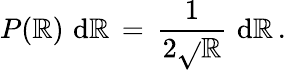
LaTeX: P(\mathbb{R})\, \, \mathrm{{d}}\mathbb{R}\, =\, \frac{{1}}{{2\sqrt{}{{\mathbb{R}}}}}\, \, \mathrm{{d}}\mathbb{R}\, .